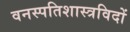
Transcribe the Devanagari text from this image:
वनस्पतिशास्त्रविदों